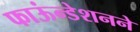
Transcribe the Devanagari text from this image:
फाऊंन्‍डेशनने